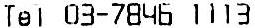
TEL 03-7846 1113